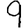
Digit: 9